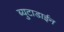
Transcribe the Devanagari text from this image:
ब्युटाडाईन